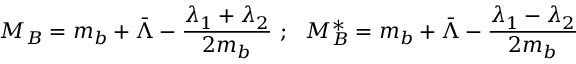
M _ { B } = m _ { b } + \bar { \Lambda } - \frac { \lambda _ { 1 } + \lambda _ { 2 } } { 2 m _ { b } } ~ ; ~ ~ M _ { B } ^ { * } = m _ { b } + \bar { \Lambda } - \frac { \lambda _ { 1 } - \lambda _ { 2 } } { 2 m _ { b } }